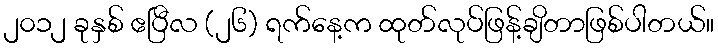
၂၀၁၂ ခုနှစ် ဧပြီလ (၂၆) ရက်နေ့က ထုတ်လုပ်ဖြန့်ချိတာဖြစ်ပါတယ်။